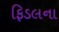
ફિડલના